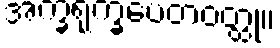
အက္ခရုက္ခပေတဝတ္ထု။